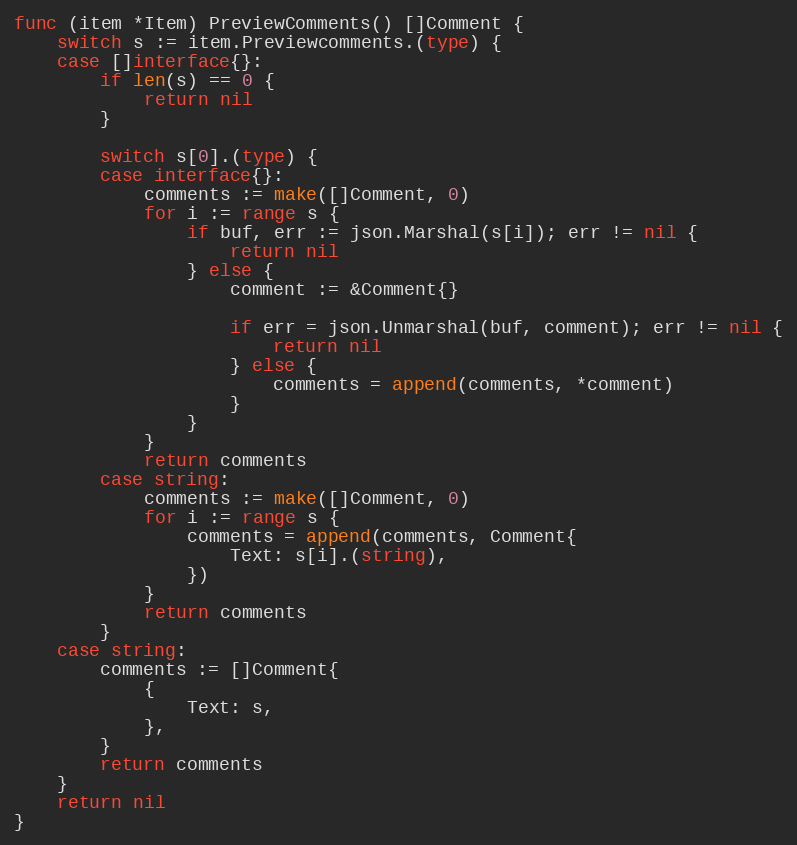
Language: Go
func (item *Item) PreviewComments() []Comment {
	switch s := item.Previewcomments.(type) {
	case []interface{}:
		if len(s) == 0 {
			return nil
		}

		switch s[0].(type) {
		case interface{}:
			comments := make([]Comment, 0)
			for i := range s {
				if buf, err := json.Marshal(s[i]); err != nil {
					return nil
				} else {
					comment := &Comment{}

					if err = json.Unmarshal(buf, comment); err != nil {
						return nil
					} else {
						comments = append(comments, *comment)
					}
				}
			}
			return comments
		case string:
			comments := make([]Comment, 0)
			for i := range s {
				comments = append(comments, Comment{
					Text: s[i].(string),
				})
			}
			return comments
		}
	case string:
		comments := []Comment{
			{
				Text: s,
			},
		}
		return comments
	}
	return nil
}